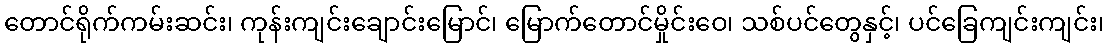
တောင်ရိုက်ကမ်းဆင်း၊ ကုန်းကျင်းချောင်းမြောင်၊ မြောက်တောင်မှိုင်းဝေ၊ သစ်ပင်တွေနှင့်၊ ပင်ခြေကျင်းကျင်း၊